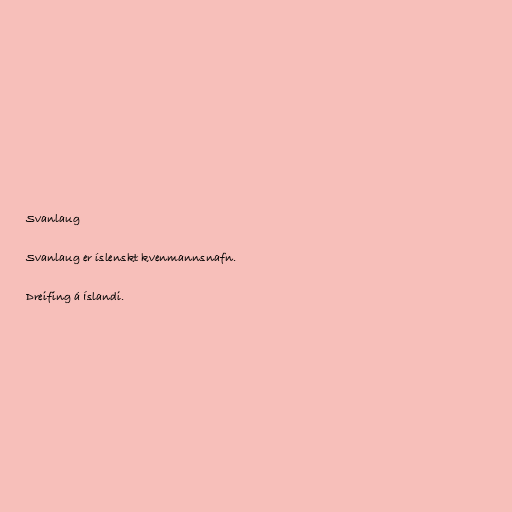
Svanlaug

Svanlaug er íslenskt kvenmannsnafn.

Dreifing á Íslandi.